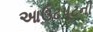
આઉટપૂટની